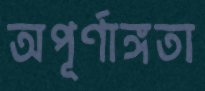
অপূর্ণাঙ্গতা